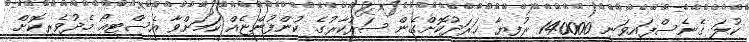
ކުލަ ގެނެސްފައިވަނީ 140000 ރުފިޔާ ޚަރަދުކޮށްގެން ސަރުކާރުގެ ކުންފުންޏެއް ކަމަށްވާ އެސްޓީއޯ މެދުވެރިކޮށް